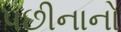
પછીનાનો